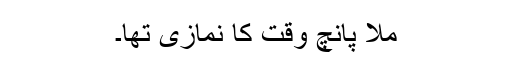
ملا پانچ وقت کا نمازی تھا۔